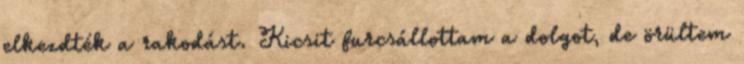
elkezdték a rakodást. Kicsit furcsállottam a dolgot, de örültem